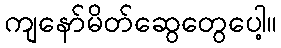
ကျနော်မိတ်ဆွေတွေပေါ့။